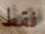
فقط